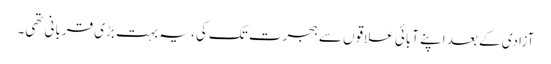
آزادی کے بعد اپنے آبائی علاقوں سے ہجرت تک کی، یہ بہت بڑی قربانی تھی۔